Plague in India, 1896, 1897 - Volume 2
Year: 1896
Disease focus: Plague
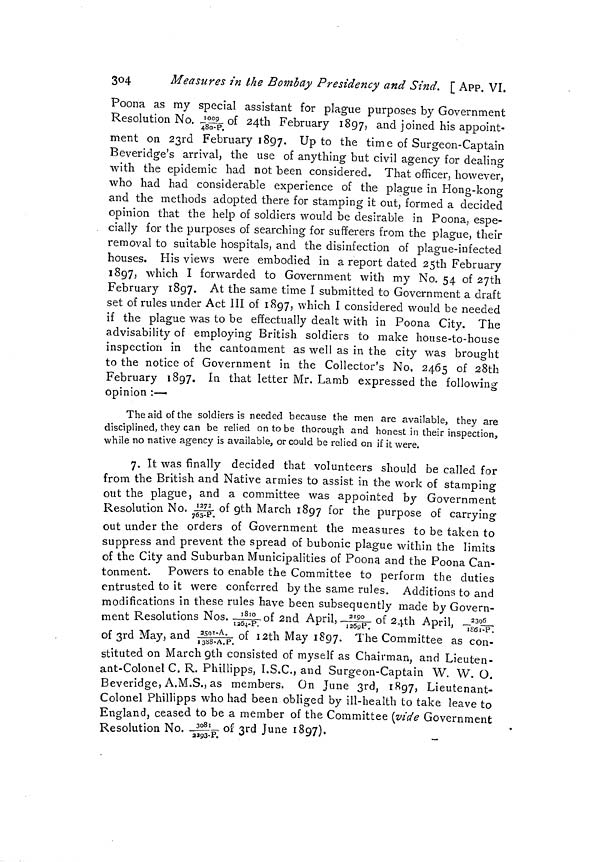
304
Measures in the Bombay Presidency and Sind. [ APP. VI.
Poona as my special assistant for plague purposes by Government
Resolution No. 1009/480-P._ of 24th February 1897, and joined his appoint-
ment on 23rd February 1897. Up to the time of Surgeon-Captain
Beveridge's arrival, the use of anything but civil agency for dealing
with the epidemic had not been considered. That officer, however,
who had had considerable experience of the plague in Hong-kcmg
and the methods adopted there for stamping it out, formed a decided
opinion that the help of soldiers would be desirable in Poona, espe-
cially for the purposes of searching for sufferers from the plague, their
removal to suitable hospitals, and the disinfection of plague-infected
houses. His views were embodied in a report dated 25th February
1897, which I forwarded to Government with my No. 54 of 2yth
February 1897. At the same time I submitted to Government a draft
set of rules under Act III of 1897, which I considered would be needed
if the plague was to be effectually dealt with in Poona City. The
advisability of employing British soldiers to make house-to-house
inspection in the cantonment as well as in the city was brought
to the notice of Government in the Collector's No, 2465 of 28th
February 1897. In that letter Mr. Lamb expressed the following
opinion :-—
The aid of the soldiers is needed because the men are available, they are
disciplined, they can be relied on to be thorough and honest in their inspection,
while no native agency is available, or could be relied on if it were.
7. It was finally decided that volunteers should be called for
from the British and Native armies to assist in the work of stamping
out the plague, and a committee was appointed by Government
Resolution No. 1272/765-P. of 9th March 1897 for the purpose of carrying
out under the orders of Government the measures to be taken to
suppress and prevent the spread of bubonic plague within the limits
of the City and Suburban Municipalities of Poona and the Poona Can-
tonment. Powers to enable the Committee to perform the duties
entrusted to it were conferred by the same rules. Additions to and
modifications in these rules have been subsequently made by Govern-
ment Resolutions Nos. 1810/126-P.of 2nd April-21*- of 2 4 th April, 2396/1861-P.
of 3rd May, and 2501-A./1388-P. of I2th May 1897. The Committee as con-
stituted on March 9th consisted of myself as Chairman, and Lieuten-
ant-Colonel C. R. Phillipps, I.S.C., and Surgeon-Captain W. W. O.
Beveridge, A.M.S., as members. On June 3rd, 1897, Lieutenant-
Colonel Phillipps who had been obliged by ill-health to take leave to
England, ceased to be a member of the Committee (vide Government
Resolution No. 3081/2293-P. of 3rd June 1897).
3*93-*.
.,•